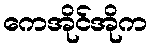
ကေအိုင်အိုက